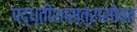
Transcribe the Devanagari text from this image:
पद्ध्तीशास्त्रासोबत